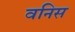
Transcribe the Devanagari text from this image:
वनिस